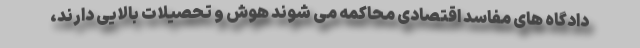
دادگاه های مفاسد اقتصادی محاکمه می شوند هوش و تحصیلات بالایی دارند،